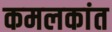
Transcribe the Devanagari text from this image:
कमलकांत